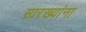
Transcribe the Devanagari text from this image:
सारख्यांना